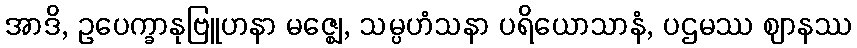
အာဒိ, ဥပေက္ခာနုဗြူဟနာ မဇ္ဈေ, သမ္ပဟံသနာ ပရိယောသာနံ, ပဌမဿ ဈာနဿ